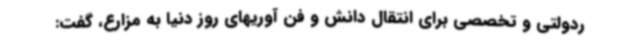
ردولتی و تخصصی برای انتقال دانش و فن آوریهای روز دنیا به مزارع، گفت: